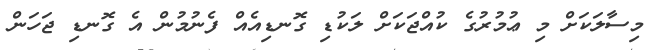
މިސާލަކަށް މި ޢުމުރުގެ ކުއްޖަކަށް ލަކުޑި ގޮނޑިއެއް ފެނުމުން އެ ގޮނޑި ޖަހަން